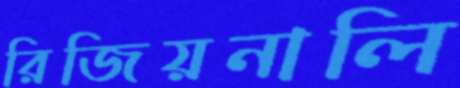
রিজিয়নালি